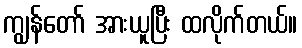
ကျွန်တော် အားယူပြီး ထလိုက်တယ်။